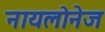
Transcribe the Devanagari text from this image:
नायलोनेज